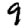
Digit: 9